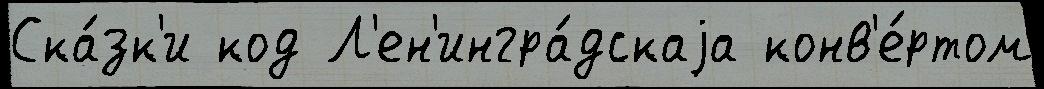
Ска́зк'и код Л'ен'ингра́дскаjа конв'е́ртом